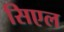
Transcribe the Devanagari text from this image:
सिएल